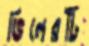
ভিলেরটি